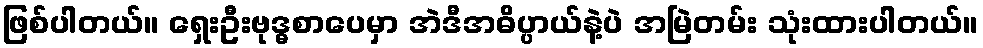
ဖြစ်ပါတယ်။ ရှေးဦးဗုဒ္ဓစာပေမှာ အဲဒီအဓိပ္ပာယ်နဲ့ပဲ အမြဲတမ်း သုံးထားပါတယ်။